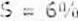
S = 6%